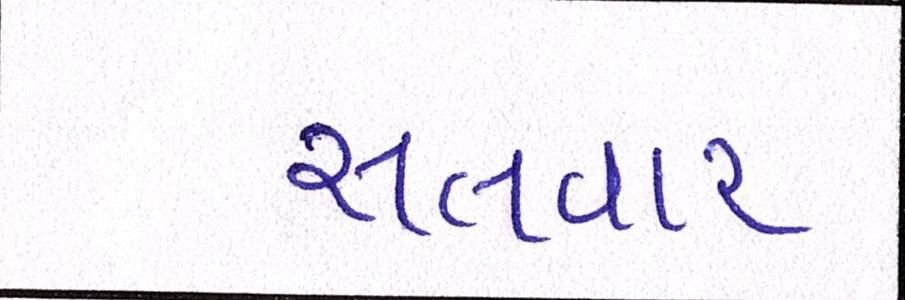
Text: સલવાર